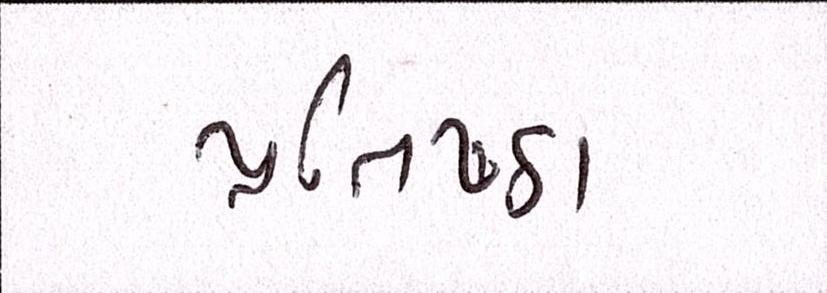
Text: પ્રતિષ્ઠા